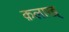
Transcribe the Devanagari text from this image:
क़लाख्‌